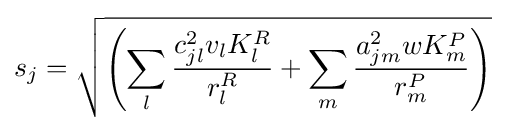
s_{j}={\sqrt {\left(\sum _{l}{\frac {c_{jl}^{2}v_{l}K_{l}^{R}}{r_{l}^{R}}}+\sum _{m}{\frac {a_{jm}^{2}wK_{m}^{P}}{r_{m}^{P}}}\right)}}